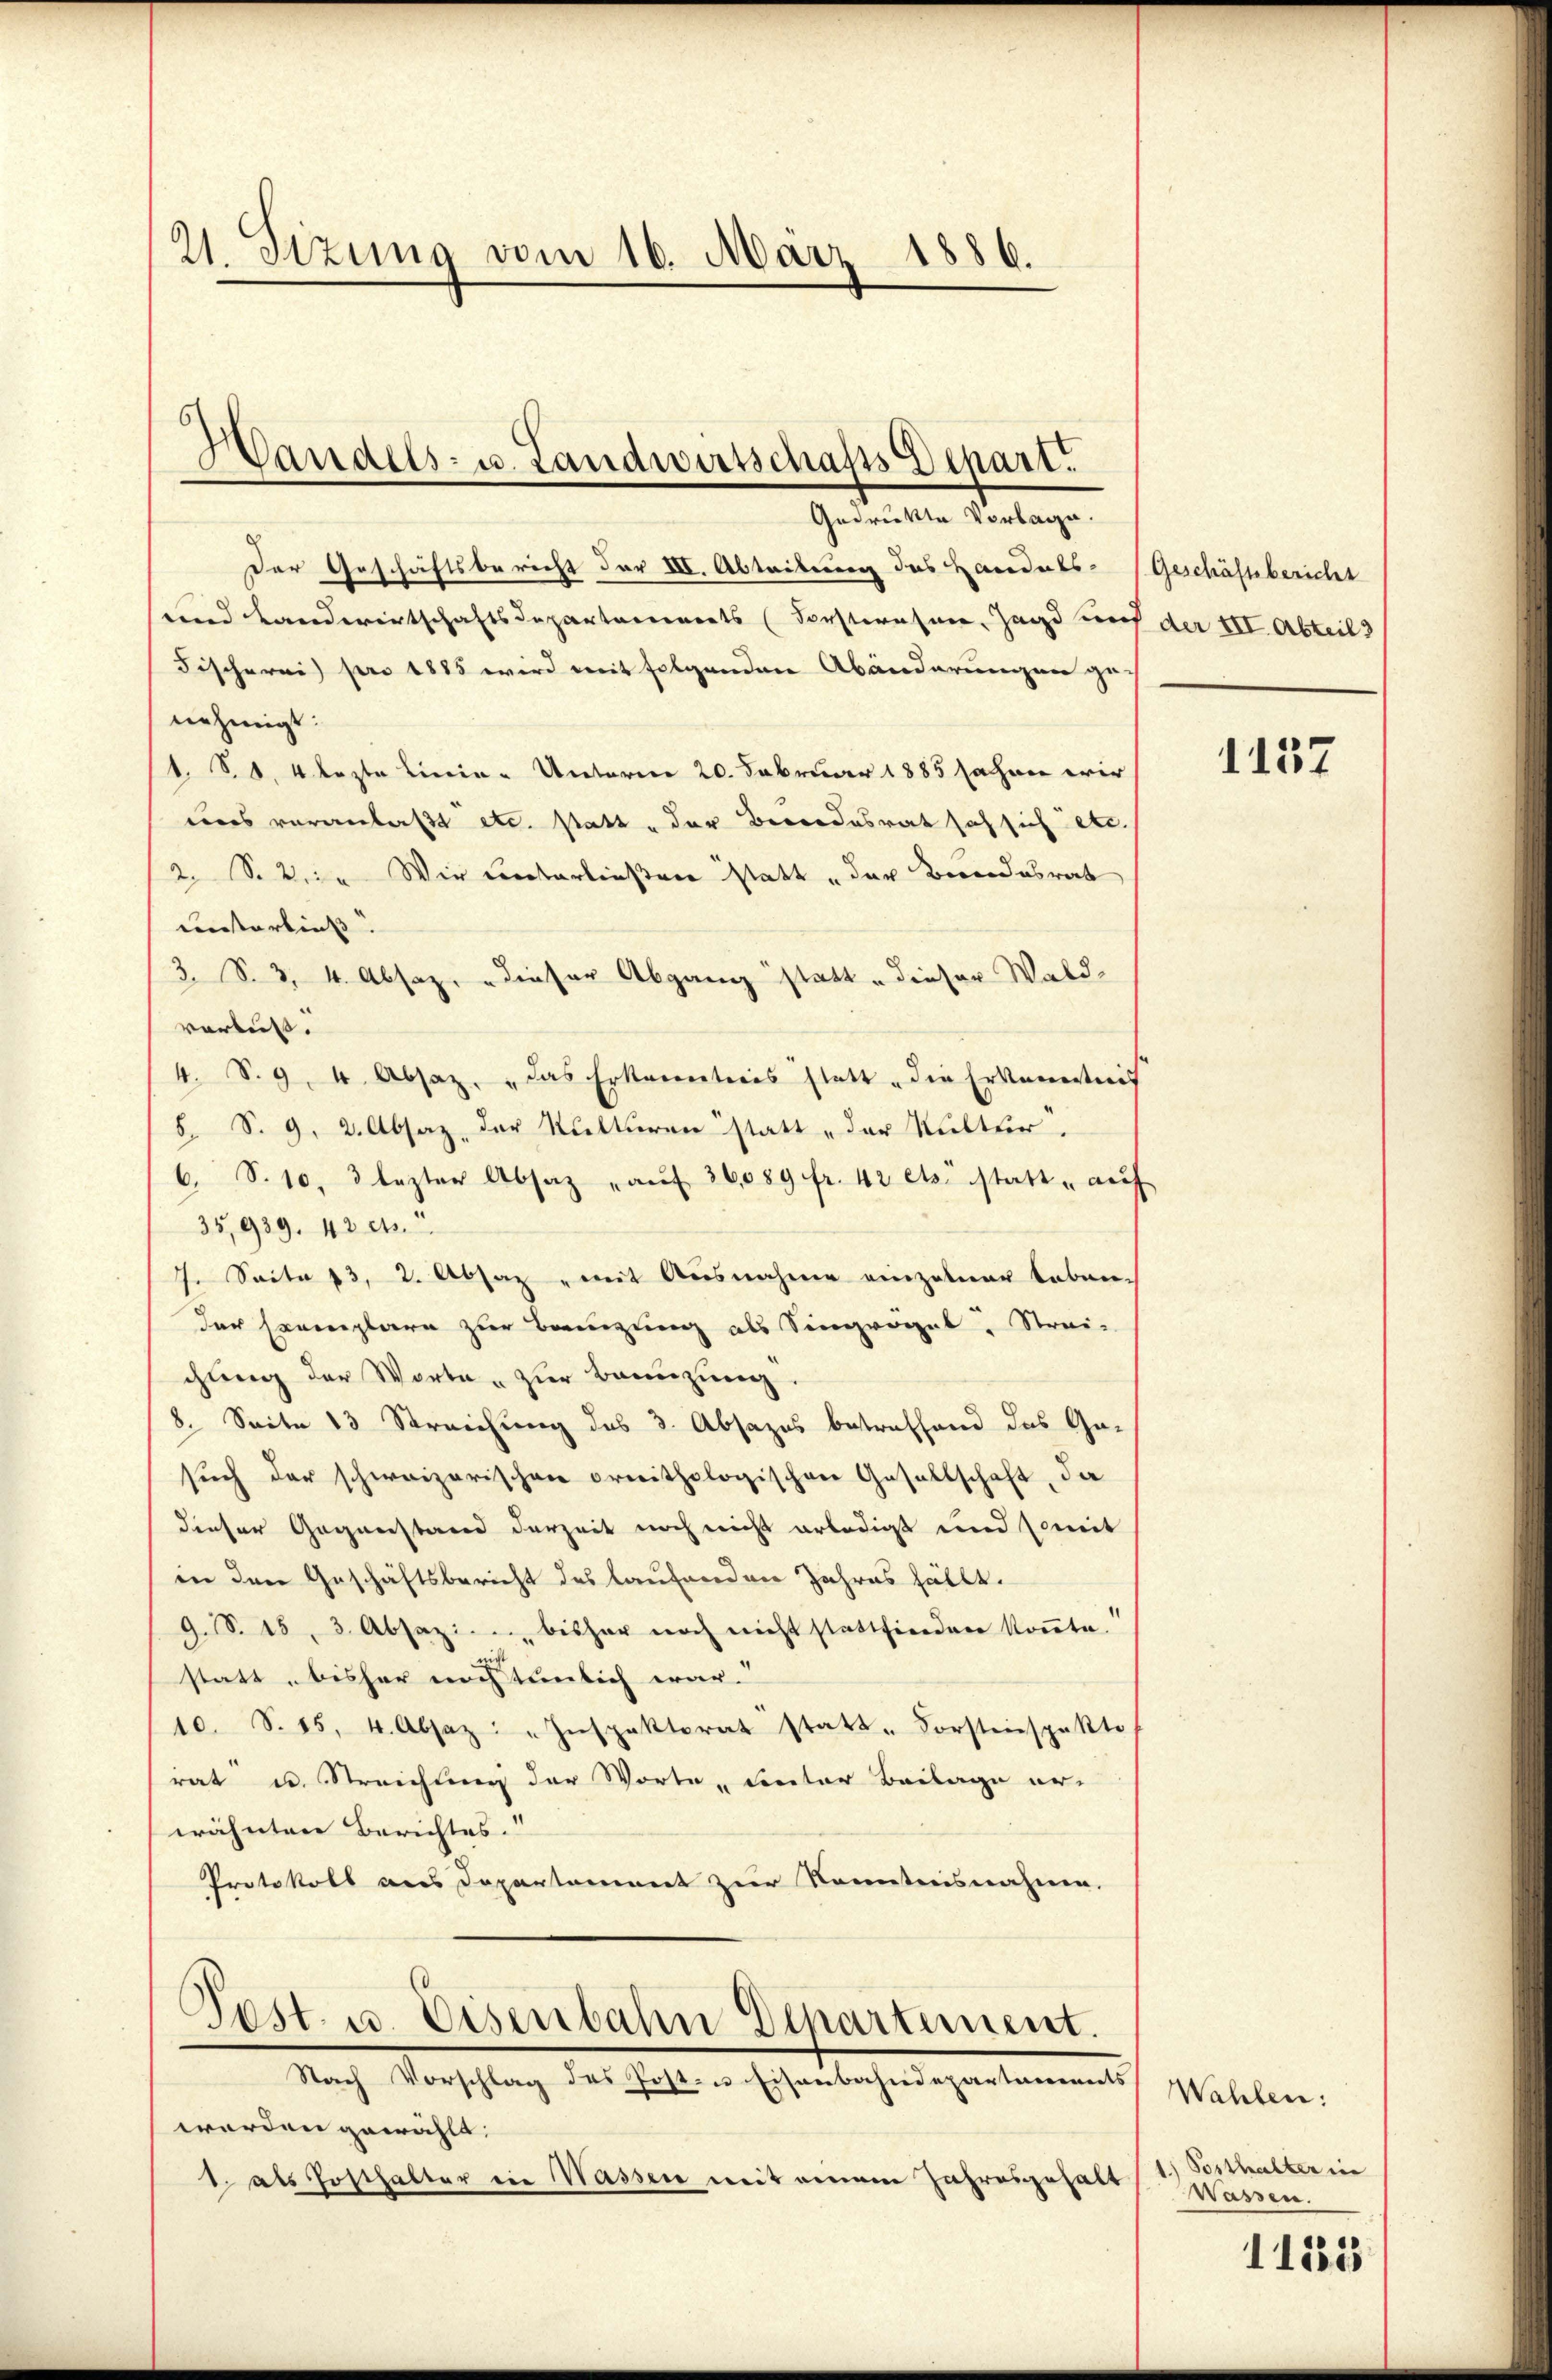
21. Sitzung vom 16. März 1886.

Handels- u. Landwirtschafts Depart.

Gedrückte Vorlagen.
Der Geschäftsbericht der III. Abteiterung des Handels- (Geschäftsbericht
und Landwirtschaftsdepartarienorts (Forstwesen, Jagd auf der III. Abteil 3
Fischerei) pro 1885 wird mit folgenden Abänderungen genehmigt:
1. S. 4 lezte Linie - Unterm 20. Februar 1885 Jahren wir
uns veranlaßt etc. statt der Besondesrat sah sich etc.
2 S. 2. Wir unterließen statt der Bundesrat
unterließ.
3. S. 3, 4. Absaz, " dieser Abgang statt „dieser Waldverlust.
4. S. 9, 4. Absaz. "Das Erkannteris statt die Erkenntnis
8. S. 9, 2. Absaz, der Kulturen statt „der Kultur.
6. S. 10, 3 lezter Absatz aŭf 26089 fr. 42 ets. statt - auf
35,939. 42 cts.
7. Seite 13, 2. Absaz " mit Ausnahme einzelner Leben.
der Exemplare zur Bringung als Singregal. Strei-
chung der Worte " zur Bannzung.
8. Seite 13 Streichung des 3. Absazes betreffend das Ge-
such der schweizerischen Freithologischen Gesellschaft, da
dieser Gegenstand derzeit noch nicht erledigt und soweit
in den Geschäftsbericht des laufenden Jahres fällt.
9.S. 15, 3. Absaz. u. bisher noch nicht stattfinden köṅte.
statt, bisher nichtunlich war.
10. S. 15. 4. Absaz: "Inspektorat statt-Forsteinspekto
rat u. Streichung der Worte „Siector Beilage er-
wähnten Berichtes.“
Protokoll aus Departement zur Kenntnisnahme.

Post. u. Eisenbahn Departement.
Nach Vorschlag des Post- u Eisenbahndepartaments

werden gewählt.
1. als Posthalter ein Massen mit einem Jahresgehalt

1137

Wahlen:
1) Posthalter in
Wassen.

1155